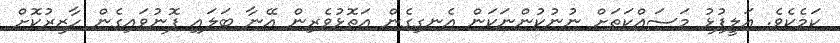
ކަމެކެވެ. އަލީފުޅު މަސައްކަތަށް ނުނުކުންނަކަން އެނގިގެން އަތޮޅުވެރިން އޭނާ ބަލައި ފޮނުވައިގެން ހާޒިރުކޮށް